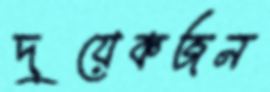
দুয়েকজন